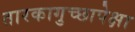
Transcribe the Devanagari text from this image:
तारकागुच्छापेक्षा